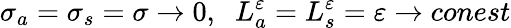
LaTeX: \sigma_{a}=\sigma_{s}=\sigma\to 0,\; \; L_{a}^{\varepsilon}=L_{s}^{\varepsilon}=\varepsilon\to conest